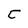
Character: C